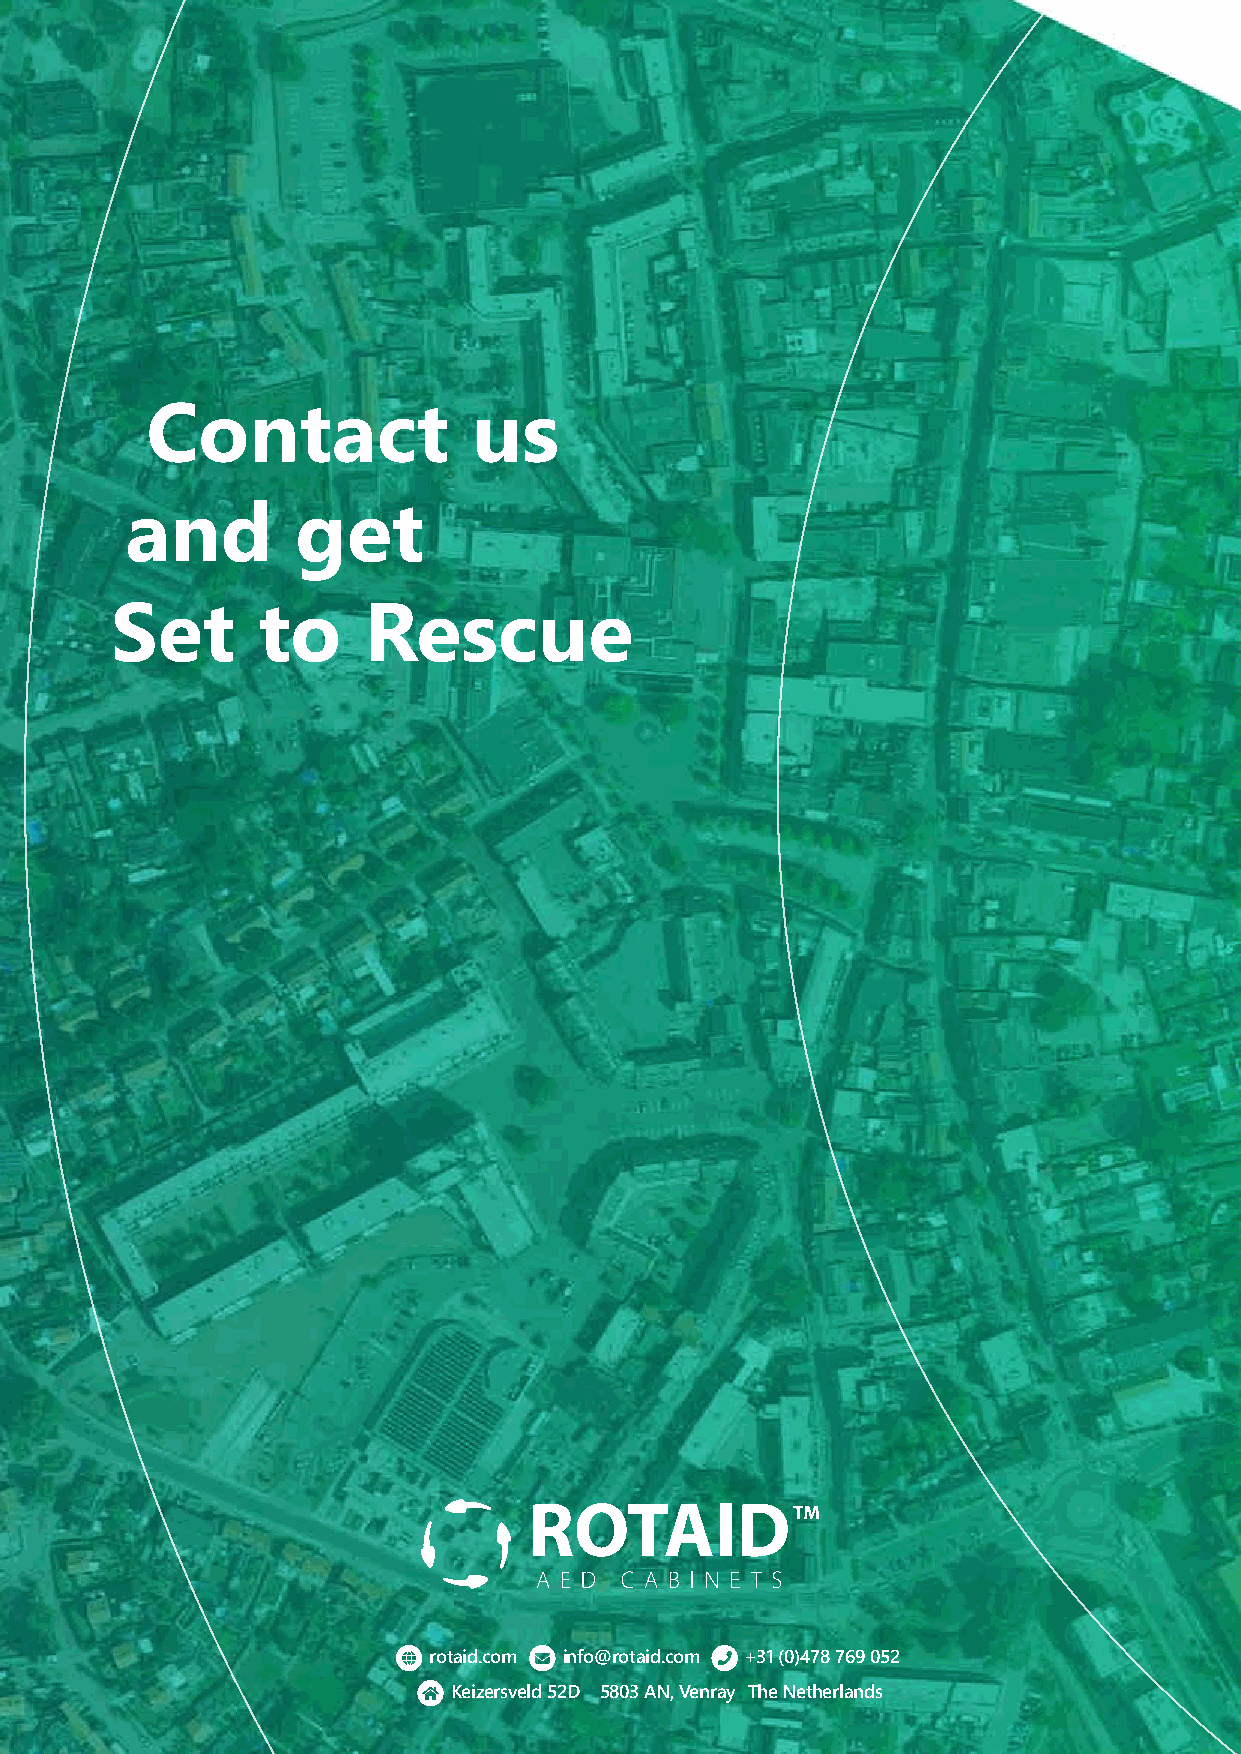
Contact              us
 and         get
 Set       to     Rescue
 rotaid.com info@rotaid.com +31 (0)478 769 052
 Keizersveld 52D 5803 AN, Venray The Netherlands